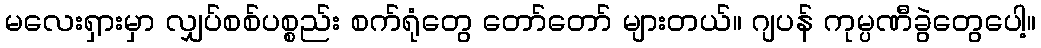
မလေးရှားမှာ လျှပ်စစ်ပစ္စည်း စက်ရုံတွေ တော်တော် များတယ်။ ဂျပန် ကုမ္ပဏီခွဲတွေပေါ့။